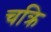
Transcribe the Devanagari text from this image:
चक्रि